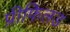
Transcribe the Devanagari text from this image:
प्रीफिलड